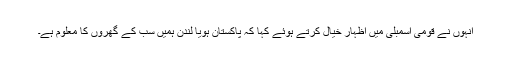
انہوں نے قومی اسمبلی میں اظہار خیال کرتے ہوئے کہا کہ پاکستان ہویا لندن ہمیں سب کے گھروں کا معلوم ہے۔